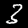
Digit: 3